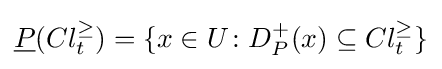
{\underline {P}}(Cl_{t}^{\geq })=\{x\in U\colon D_{P}^{+}(x)\subseteq Cl_{t}^{\geq }\}